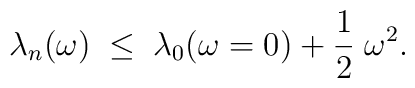
\lambda_n(\omega) \; \leq \; \lambda_0(\omega=0)  + {1\over2} \; \omega^2.